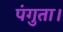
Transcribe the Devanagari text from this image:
पंगुता।